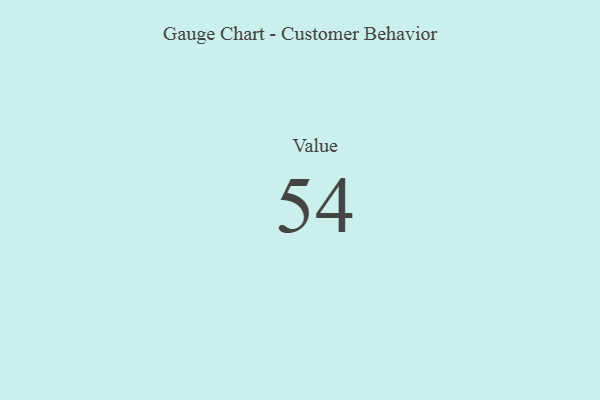
{"axis": {"x": "Metric", "y": "Value"}, "legend": [""], "data": [{"x": "Value", "y": 54, "type": ""}]}